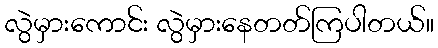
လွဲမှားကောင်း လွဲမှားနေတတ်ကြပါတယ်။